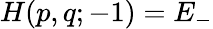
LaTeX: H(p,q;-1)=E_{-}